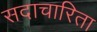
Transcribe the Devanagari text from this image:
सदाचारिता